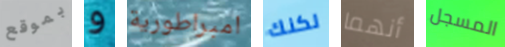
بموقع و امبراطورية لكنك أنهما المسجل